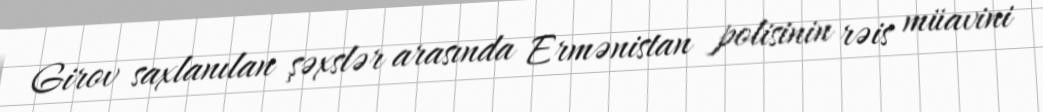
Girov saxlanılan şəxslər arasında Ermənistan polisinin rəis müavini